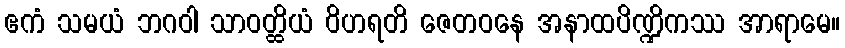
ဧကံ သမယံ ဘဂဝါ သာဝတ္ထိယံ ဝိဟရတိ ဇေတဝနေ အနာထပိဏ္ဍိကဿ အာရာမေ။